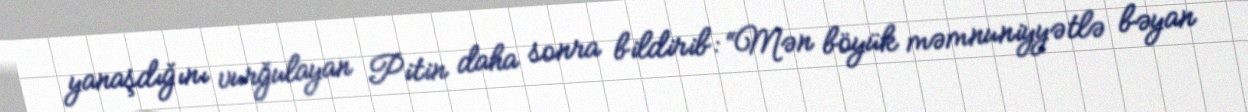
yanaşdığını vurğulayan Pitin daha sonra bildirib: “Mən böyük məmnuniyyətlə bəyan